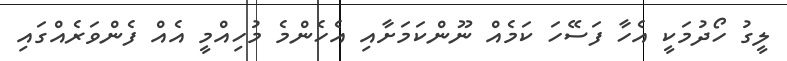
ލީގު ހޯދުމަކީ އެހާ ފަސޭހަ ކަމެއް ނޫންކަމަށާއި އެހެންމެ މުހިއްމީ އެއް ފެންވަރެއްގައި